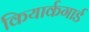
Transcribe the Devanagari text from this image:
कियार्कगार्ड